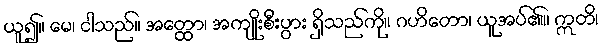
ယူ၍။ မေ၊ ငါသည်။ အတ္ထော၊ အကျိုးစီးပွား ရှိသည်ကို။ ဂဟိတော၊ ယူအပ်၏။ ဣတိ၊